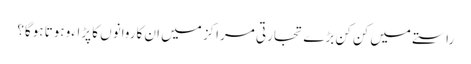
راستے میں کن کن بڑے تجارتی مراکز میں ان کاروانوں کا پڑاءو ہوتا ہوگا؟